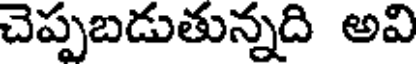
చెప్పబడుతున్నది అవి